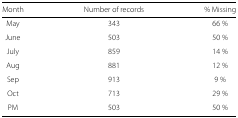
<table><thead><tr><td><b>Month</b></td><td><b>Number of records</b></td><td><b>% Missing</b></td></tr></thead><tbody><tr><td>May</td><td>343</td><td>66 %</td></tr><tr><td>June</td><td>503</td><td>50 %</td></tr><tr><td>July</td><td>859</td><td>14 %</td></tr><tr><td>Aug</td><td>881</td><td>12 %</td></tr><tr><td>Sep</td><td>913</td><td>9 %</td></tr><tr><td>Oct</td><td>713</td><td>29 %</td></tr><tr><td>PM</td><td>503</td><td>50 %</td></tr></tbody></table>